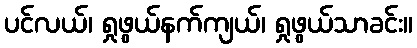
ပင်လယ်၊ ရှုဖွယ်နက်ကျယ်၊ ရှုဖွယ်သာခင်း။